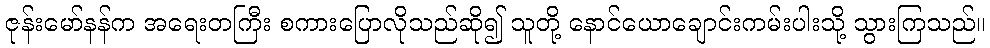
ဇုန်းမော်နန်က အရေးတကြီး စကားပြောလိုသည်ဆို၍ သူတို့ နောင်ယောချောင်းကမ်းပါးသို့ သွားကြသည်။